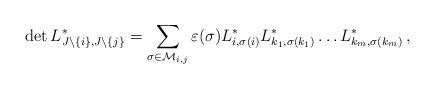
LaTeX: \begin{align*}\det L_{J\setminus\{i\},J\setminus\{j\}}^* & = \sum_{\sigma\in\mathcal M_{i,j}}\varepsilon(\sigma)L_{i,\sigma(i)}^*L_{k_1,\sigma(k_1)}^*\ldots L_{k_m,\sigma(k_m)}^*\,,\end{align*}